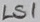
Text: LS1